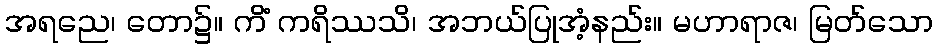
အရညေ၊ တော၌။ ကိံ ကရိဿသိ၊ အဘယ်ပြုအံ့နည်း။ မဟာရာဇ၊ မြတ်သော